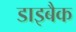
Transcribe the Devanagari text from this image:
डाइबैक